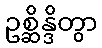
ဥစ္ဆိန္ဒိတွာ